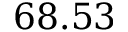
6 8 . 5 3